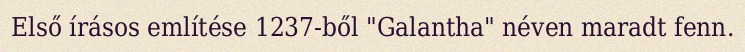
Első írásos említése 1237-ből "Galantha" néven maradt fenn.